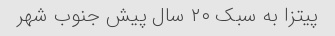
پیتزا به سبک ٢٠ سال پیش جنوب شهر